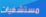
مستشفيات